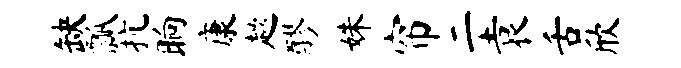
缺瓢抗晌康趑醪姝帘二袁舌欣